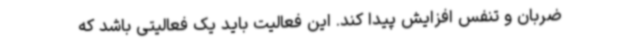
ضربان و تنفس‌ افزایش پیدا کند. این فعالیت باید یک فعالیتی باشد که